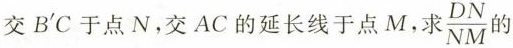
交B^{'}C于点N，交AC的延长线于点M。求 \frac{DN}{NM} 的